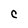
Character: C